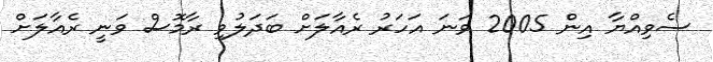
ސެވިއްޔާ އިން 2005 ވަނަ އަހަރު ރެއާލަށް ބަދަލުވި ރާމޮސް ވަނީ ރެއާލަށް